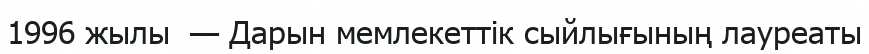
1996 жылы  — Дарын мемлекеттік сыйлығының лауреаты